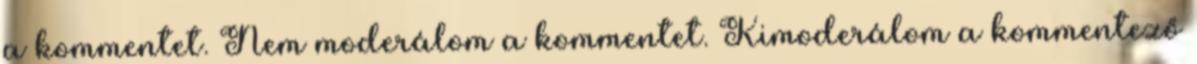
a kommentet. Nem moderálom a kommentet. Kimoderálom a kommentező